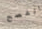
الفصح